38_143685_box_Incident_Summaries_173-233
Agency: Department of War
Page 84
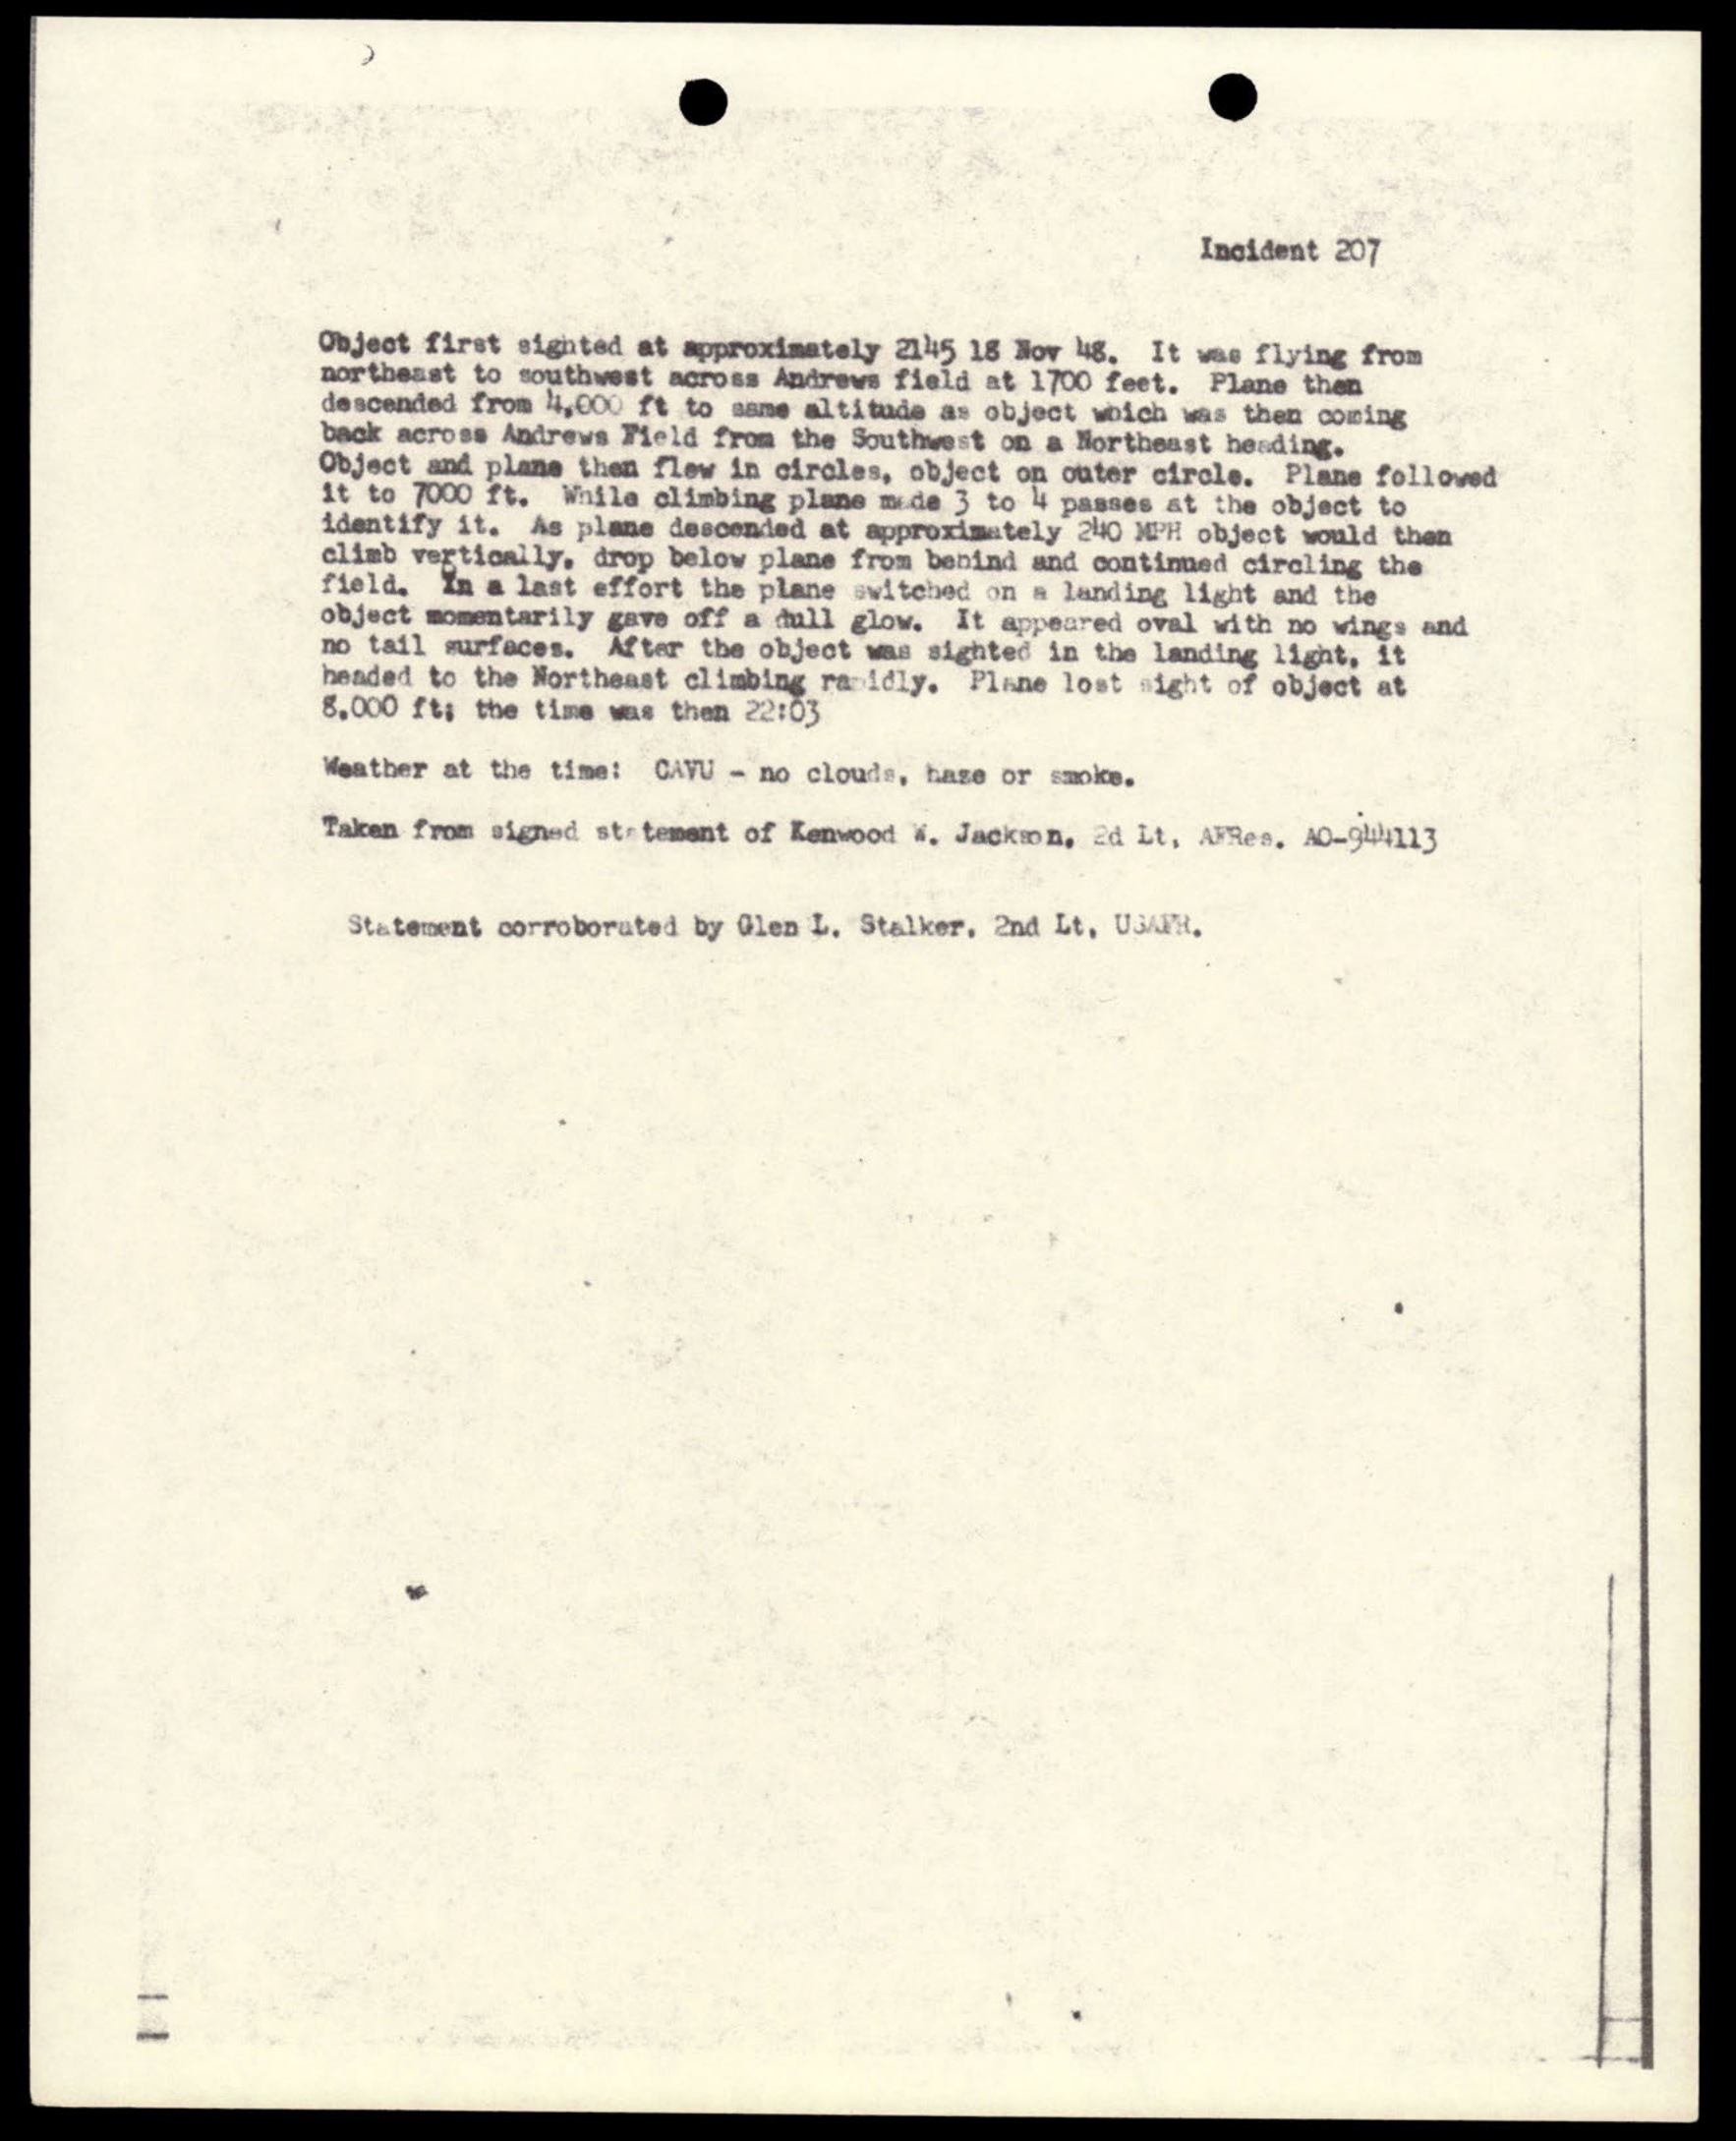